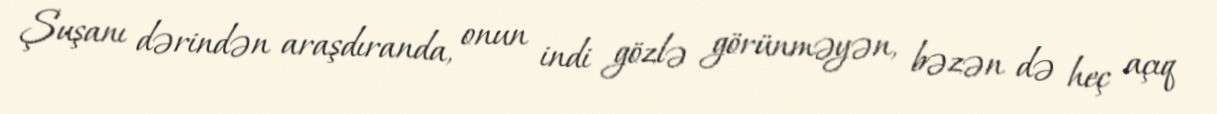
Şuşanı dərindən araşdıranda, onun indi gözlə görünməyən, bəzən də heç açıq